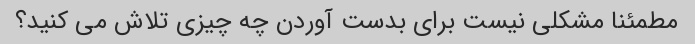
مطمئنا مشکلی نیست برای بدست آوردن چه چیزی تلاش می کنید؟